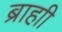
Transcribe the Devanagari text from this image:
ब्राहाी